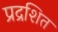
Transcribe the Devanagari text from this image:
प्रद्रशित